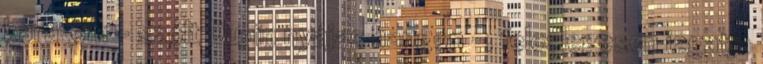
barátom - szólt Dupin nyájas hangon -, feleslegesen izgatja